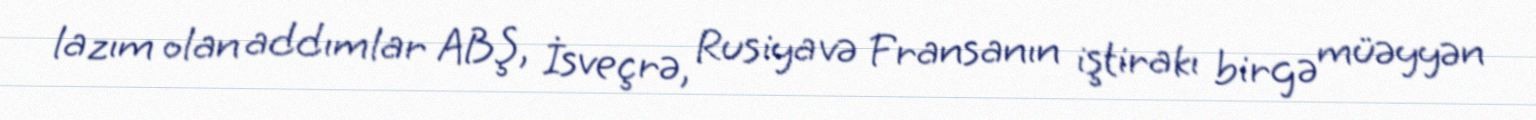
lazım olan addımlar ABŞ, İsveçrə, Rusiya və Fransanın iştirakı birgə müəyyən